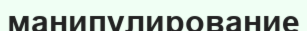
манипулирование